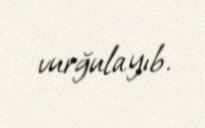
vurğulayıb.